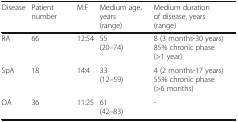
<table><thead><tr><td><b>Disease</b></td><td><b>Patient number</b></td><td><b>M:F</b></td><td><b>Medium age, years(range)</b></td><td><b>Medium duration of disease, years (range)</b></td></tr></thead><tbody><tr><td>RA</td><td>66</td><td>12:54</td><td>55(20–74)</td><td>8 (3 months-30 years)85% chronic phase (&gt;1 year)</td></tr><tr><td>SpA</td><td>18</td><td>14:4</td><td>33(12–59)</td><td>4 (2 months-17 years)55% chronic phase (&gt;6 months)</td></tr><tr><td>OA</td><td>36</td><td>11:25</td><td>61(42–83)</td><td>-</td></tr></tbody></table>